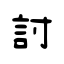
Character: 討